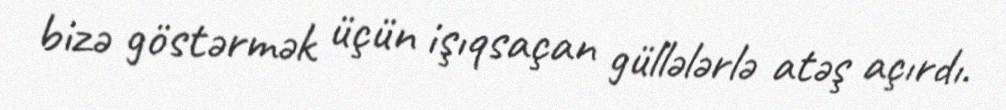
bizə göstərmək üçün işıqsaçan güllələrlə atəş açırdı.